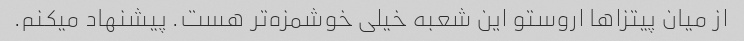
از میان پیتزاها اروستو این شعبه خیلی خوشمزه‌تر هست. پیشنهاد میکنم.